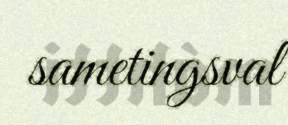
sametingsval